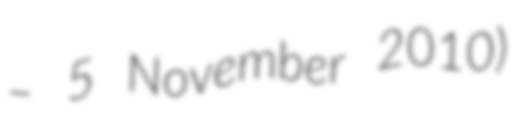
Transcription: – 5 November 2010)